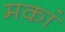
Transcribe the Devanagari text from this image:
मकां